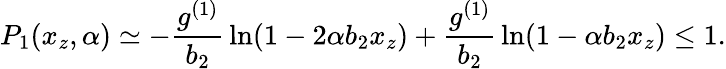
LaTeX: P_{1}(x_{z},\alpha)\simeq-{\frac{g^{(1)}}{b_{2}}}\ln(1-2\alpha b_{2}x_{z})+{\frac{g^{(1)}}{b_{2}}}\ln(1-\alpha b_{2}x_{z})\le 1.